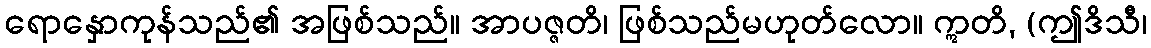
ရောနှောကုန်သည်၏ အဖြစ်သည်။ အာပဇ္ဇတိ၊ ဖြစ်သည်မဟုတ်လော။ ဣတိ, (ဤဒိသီ၊